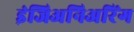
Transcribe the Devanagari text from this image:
इंजिअनिअरिंग